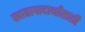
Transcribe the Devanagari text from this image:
खाद्यापादार्थांसाठी